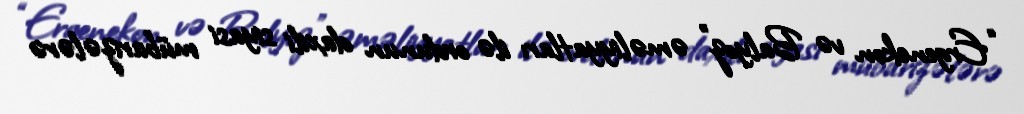
“Ergenekon və Balyoz” əməliyyatları ilə ordunun daxili siyasi mübarizələrə